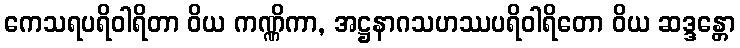
ကေသရပရိဝါရိတာ ဝိယ ကဏ္ဏိကာ, အဋ္ဌနာဂသဟဿပရိဝါရိတော ဝိယ ဆဒ္ဒန္တော